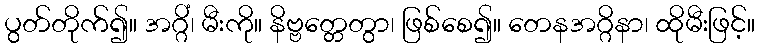
ပွတ်တိုက်၍။ အဂ္ဂိံ၊ မီးကို။ နိဗ္ဗတ္တေတွာ၊ ဖြစ်စေ၍။ တေနအဂ္ဂိနာ၊ ထိုမီးဖြင့်။